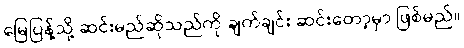
မြေပြန့်သို့ ဆင်းမည်ဆိုသည်ကို ချက်ချင်း ဆင်းတော့မှာ ဖြစ်မည်။